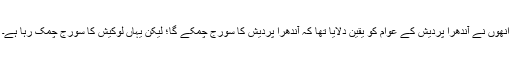
انھوں نے آندھرا پردیش کے عوام کو یقین دلایا تھا کہ آندھرا پردیش کا سورج چمکے گا؛ لیکن یہاں لوکیش کا سورج چمک رہا ہے۔